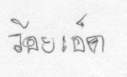
ร้อยเอ็ด